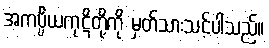
အကပ္ပိယကုဋိတို့ကို မှတ်သားသင့်ပါသည်။